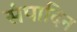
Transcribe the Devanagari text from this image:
संपादिन